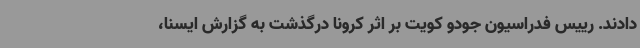
دادند. رییس فدراسیون جودو کویت بر اثر کرونا درگذشت به گزارش ایسنا،